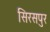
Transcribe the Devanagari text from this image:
सिरसपुर